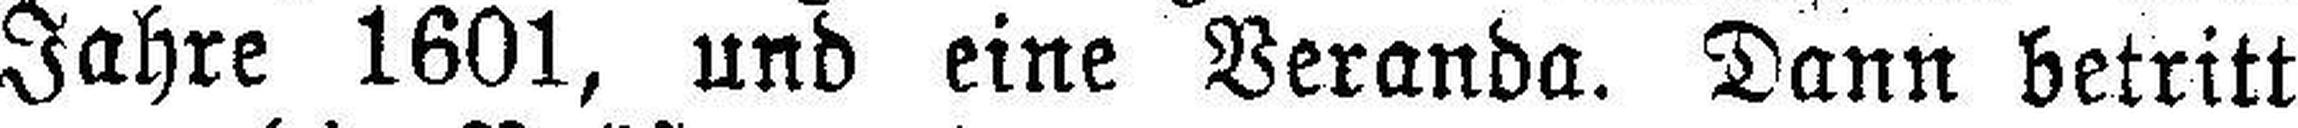
Jahre 1601, und eine Veranda. Dann betritt